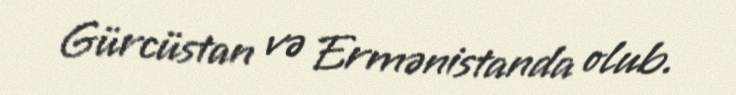
Gürcüstan və Ermənistanda olub.